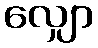
လျှော